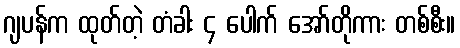
ဂျပန်က ထုတ်တဲ့ တံခါး ၄ ပေါက် အော်တိုကား တစ်စီး။